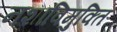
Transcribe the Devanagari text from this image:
नशाविमुक्ति